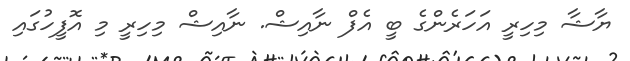
ޔާޝާ މިހިރީ އަހަރެންގެ ބީ އެފް ނާއިޝް. ނާއިޝް މިހިރީ މި އޮފީހުގައި